Leprosy in India: report of the Leprosy Commission in India, 1890-91
Year: 1890
Disease focus: Leprosy
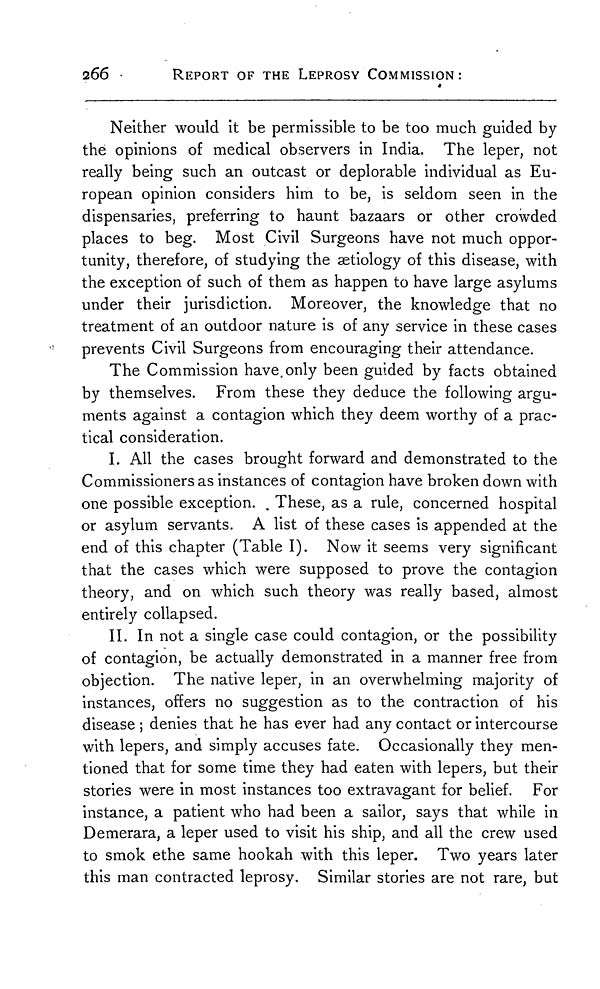
266
REPORT OF THE LEPROSY COMMISSION:
Neither would it be permissible to be too much guided by
the opinions of medical observers in India. The leper, not
really being such an outcast or deplorable individual as Eu-
ropean opinion considers him to be, is seldom seen in the
dispensaries, preferring to haunt bazaars or other crowded
places to beg. Most Civil Surgeons have not much oppor-
tunity, therefore, of studying the aetiology of this disease, with
the exception of such of them as happen to have large asylums
under their jurisdiction. Moreover, the knowledge that no
treatment of an outdoor nature is of any service in these cases
prevents Civil Surgeons from encouraging their attendance.
The Commission have only been guided by facts obtained
by themselves. From these they deduce the following argu-
ments against a contagion which they deem worthy of a prac-
tical consideration.
I. All the cases brought forward and demonstrated to the
Commissioners as instances of contagion have broken down with
one possible exception. These, as a rule, concerned hospital
or asylum servants. A list of these cases is appended at the
end of this chapter (Table I). Now it seems very significant
that the cases which were supposed to prove the contagion
theory, and on which such theory was really based, almost
entirely collapsed.
II. In not a single case could contagion, or the possibility
of contagion, be actually demonstrated in a manner free from
objection. The native leper, in an overwhelming majority of
instances, offers no suggestion as to the contraction of his
disease ; denies that he has ever had any contact or intercourse
with lepers, and simply accuses fate. Occasionally they men-
tioned that for some time they had eaten with lepers, but their
stories were in most instances too extravagant for belief. For
instance, a patient who had been a sailor, says that while in
Demerara, a leper used to visit his ship, and all the crew used
to smok ethe same hookah with this leper. Two years later
this man contracted leprosy. Similar stories are not rare, but